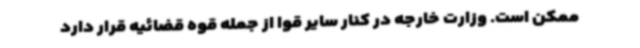
ممکن است. وزارت خارجه در کنار سایر قوا از جمله قوه قضائیه قرار دارد